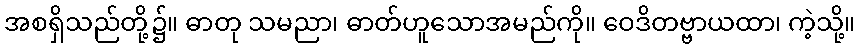
အစရှိသည်တို့၌။ ဓာတု သမညာ၊ ဓာတ်ဟူသောအမည်ကို။ ဝေဒိတဗ္ဗာယထာ၊ ကဲ့သို့။